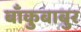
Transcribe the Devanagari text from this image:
बाँकुबाबुर